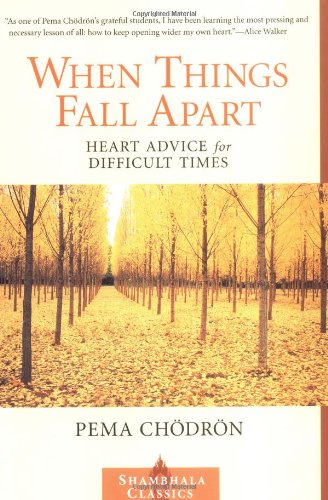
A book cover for When Things Fall Apart: Heart Advice for Difficult Times (Shambhala Classics); Pema Chodron; Self-Help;